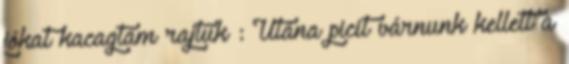
jókat kacagtam rajtuk : Utána picit várnunk kellett a